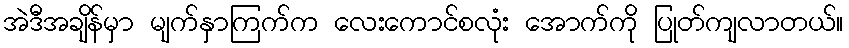
အဲဒီအချိန်မှာ မျက်နှာကြက်က လေးကောင်စလုံး အောက်ကို ပြုတ်ကျလာတယ်။